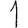
Digit: 1